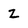
Character: Z